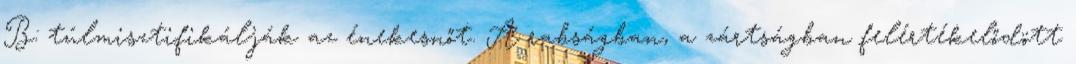
B: túlmisztifikálják az énekesnőt. A rabságban, a zártságban felértékelődött